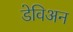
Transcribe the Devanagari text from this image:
डेविअन